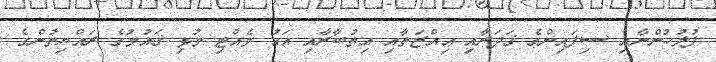
ފުލުހުންނާއި ސިފައިންގެ ޤަދަރާއި ޢިއްޒަތާއި އިތުބާރާއި އަގު ވެއްޓި މުޅި ޤައުމުގެ ރައްޔިތުންގެ